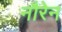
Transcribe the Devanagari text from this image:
नौरेन